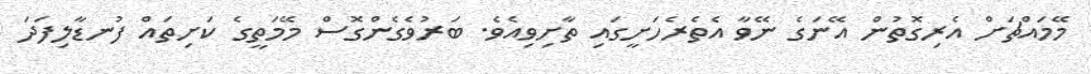
މޭމައްޗަށް އެރިގޮތުން އޭނަގެ ނޭވާ އެތެރެހަށީގައި ތާށިވިއެވެ. ބަރުވެގެންގޮސް މޭމަތީގެ ކަށިތައް ފުނޑާލިފަދަ